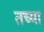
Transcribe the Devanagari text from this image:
तच्या